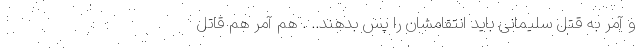
و آمر به قتل سلیمانی باید انتقامشان را پس بدهند.. . هم آمر هم قاتل